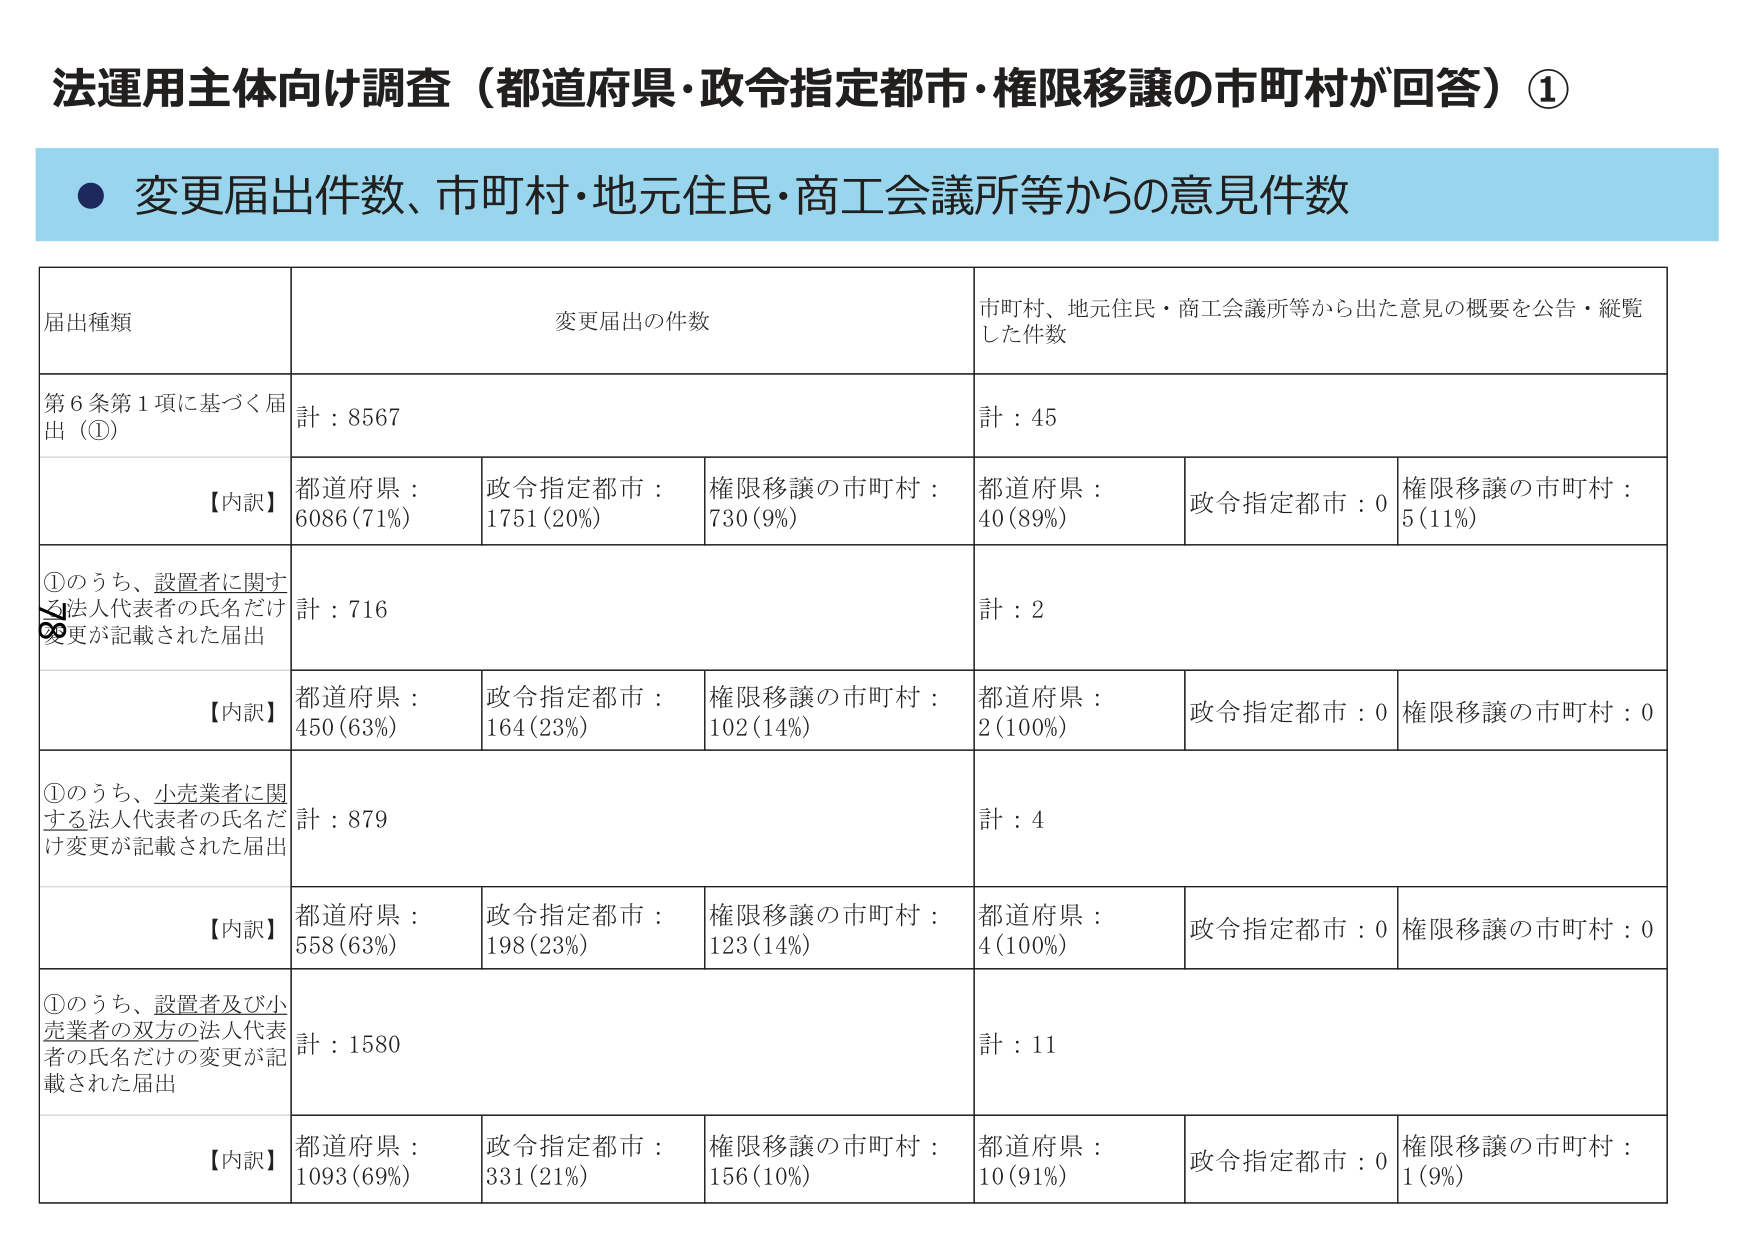
法運用主体向け調査（都道府県・政令指定都市・権限移譲の市町村が回答）①

● 変更届出件数、市町村・地元住民・商工会議所等からの意見件数

届出種類